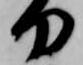
刀